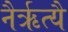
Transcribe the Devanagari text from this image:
नैर्ऋत्यै